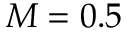
M = 0 . 5